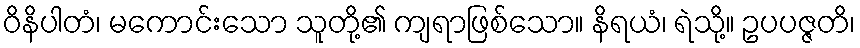
ဝိနိပါတံ၊ မကောင်းသော သူတို့၏ ကျရာဖြစ်သော။ နိရယံ၊ ရဲသို့။ ဥပပဇ္ဇတိ၊